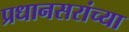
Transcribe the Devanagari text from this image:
प्रधानसरांच्या